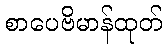
စာပေဗိမာန်ထုတ်